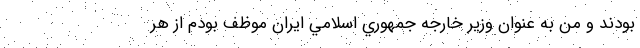
بودند و من به عنوان وزير خارجه جمهوري اسلامي ايران موظف بودم از هر